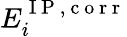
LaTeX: E_{i}^{\mathrm{~I~P~,~c~o~r~r~}}